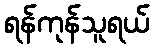
ရန်ကုန်သူရယ်